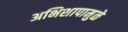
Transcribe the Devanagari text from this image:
अभिशापामुळे